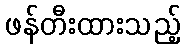
ဖန်တီးထားသည့်